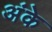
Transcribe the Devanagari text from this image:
अंके